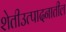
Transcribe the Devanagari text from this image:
शेतीउत्पादनातील